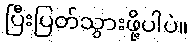
ပြီးပြတ်သွားဖို့ပါပဲ။